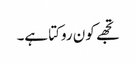
تجھے کون روکتا ہے۔